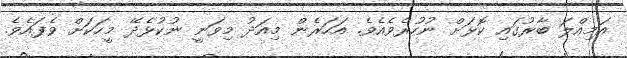
އަމިއްލަ ބާރުގައި ކޮޅަށް ނުހުރެވެއެވެ. އަހަރެން މިއަދު މިވަނީ ނުކުޅެދޭ މީހަކަށް ވެފައެވެ.